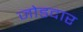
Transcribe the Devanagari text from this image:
जोडदार